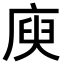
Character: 庾